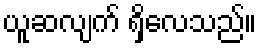
ယူဆလျက် ရှိလေသည်။